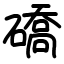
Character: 礄